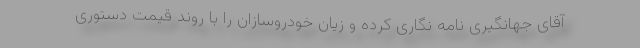
آقای جهانگیری نامه نگاری کرده و زیان خودروسازان را با روند قیمت دستوری